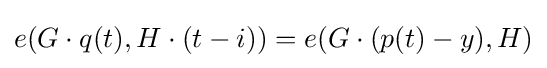
e(G\cdot q(t),H\cdot (t-i))=e(G\cdot (p(t)-y),H)